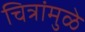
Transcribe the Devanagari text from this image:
चित्रांमुळे